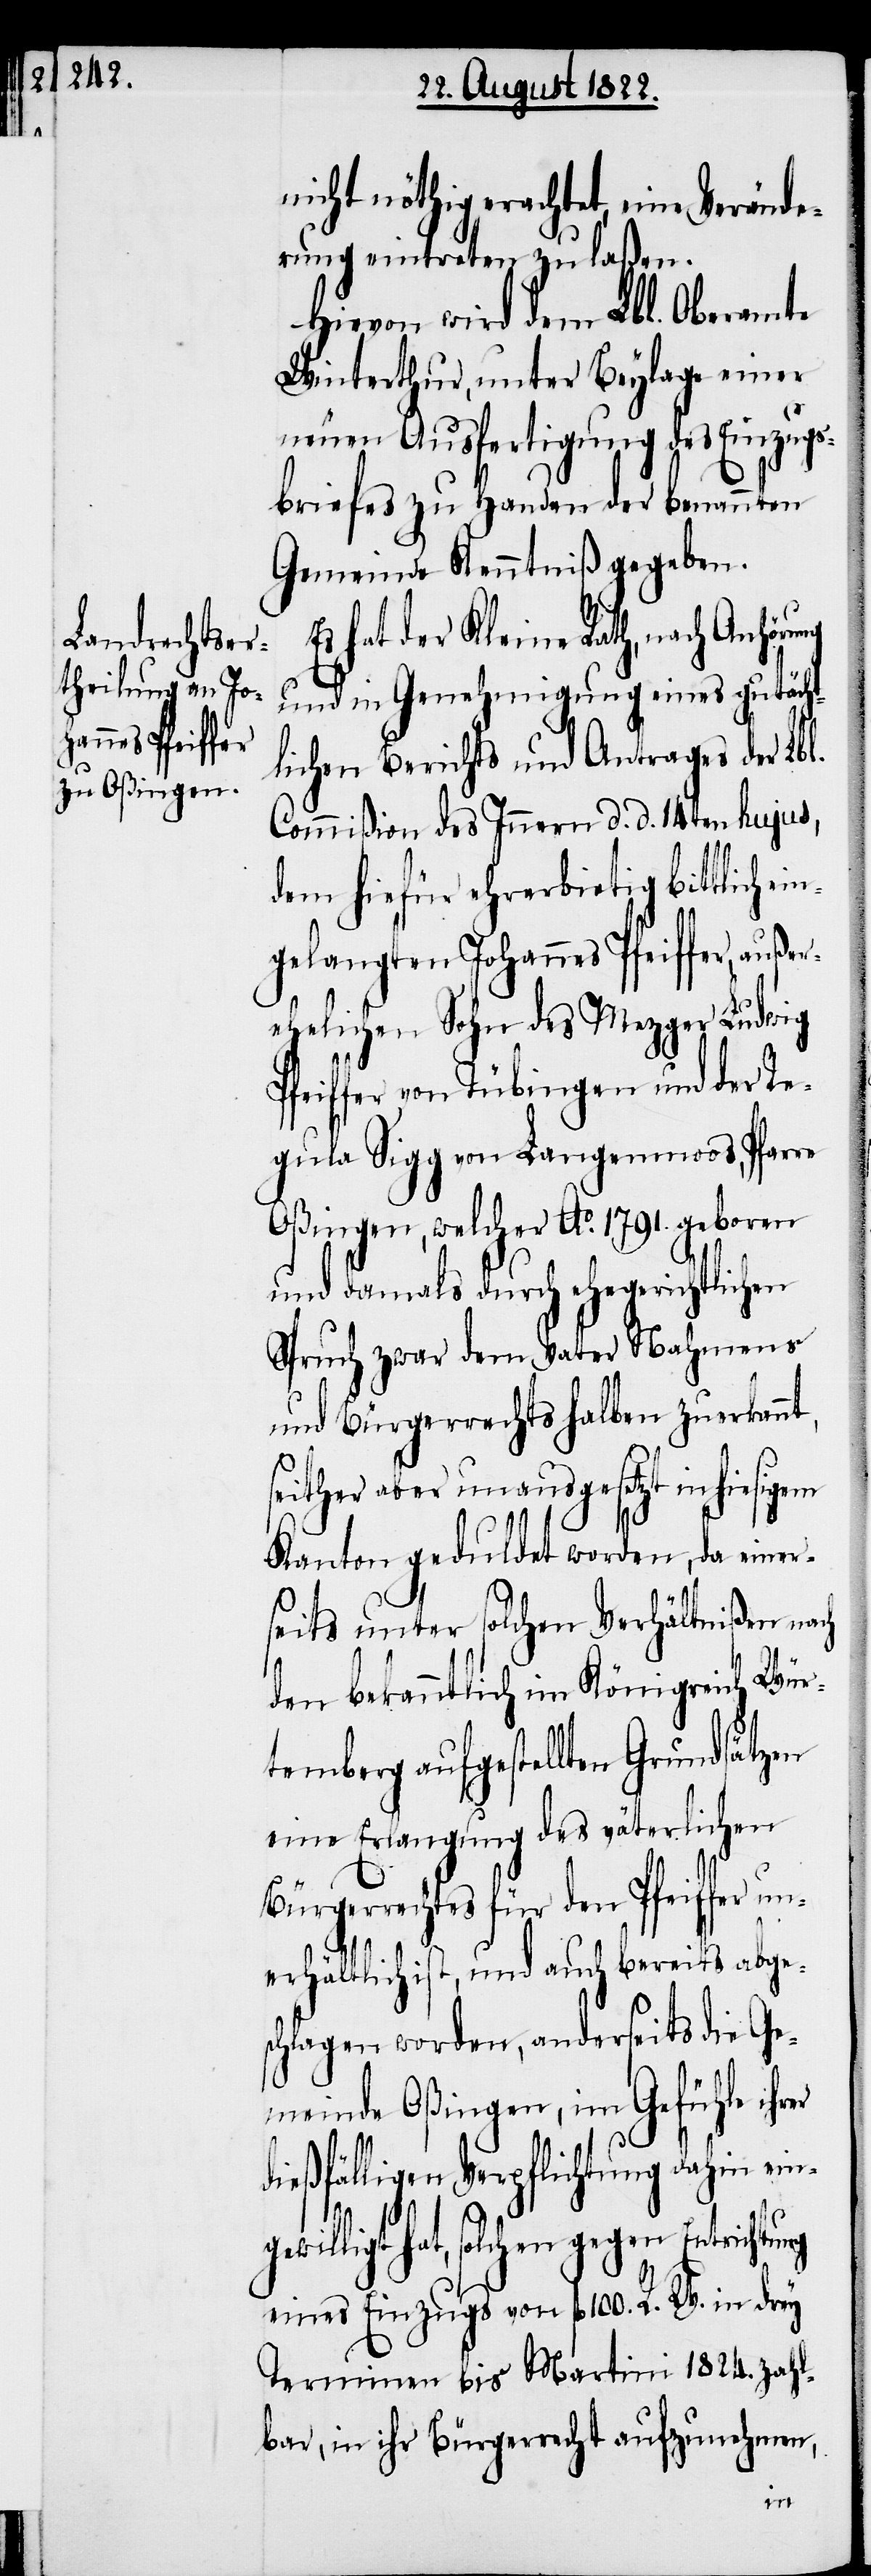
nicht nöthig erachtet, eine Verände¬
rung eintreten zu laßen.
Hievon wird dem Lbl. Oberamte
Winterthur, unter Beylage einer
neuen Ausfertigung des Einzugs¬
briefes zu Handen der benannten
Gemeinde Kenntniß gegeben.
hat der Kleine Rath, nach Anhör¬
und in Genehmigung eines gutächt¬
lichen Berichts und Antrages der Lbl.
Commißion des Innern d. d. 14ten hujus,
dem hiefür ehrerbietig bittlich
gelangten Johannes Pfeiffer, auße¬
rehelichen Sohn des Mezger Ludwig
feiffer von Tübingen und der Re¬
gula Sigg von Langenmoos, Pfarre
Oßingen, welcher Ao. 1791. geboren
und damals durch ehegerichtlichen
Spruch zwar dem Vater Nahmens
mit Bürgerrechts halben zuerkannt,
er
seither aber unausgesetzt in hiesigem
Kanton geduldet worden, da einer¬
seits unter solchen Verhältnißen nach
den bekanntlich im Königreich Wür¬
temberg aufgestellten Grundsätzen
eine Erlangung des väterlichen
Bürgerrechts für den Pfeiffer u¬
nerhältlich ist, und auch bereits abge¬
schlagen worden, anderseits die Ge¬
meinde Oßingen, im Gefühle ihr¬
dießfälligen Verpflichtung dahin ein¬
gewilligt hat, solchen gegen
eines Einzugs von fl. 100. R. W. in drey
Terminen bis Martini 1824. zahl¬
bar, in ihr Bürgerrecht aufzunehmen,
ein¬